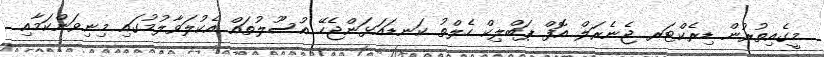
މީގެއިތުރުން ޑިރެކްޓަރ ޖެނެރަލް އޮފް ޕަބްލިކް ހެލްތު ކަނޑައަޅަންޖެހޭ އުސޫލުތައް އެކުލަވާލުމުގައި މިނިވަންކަމާއި